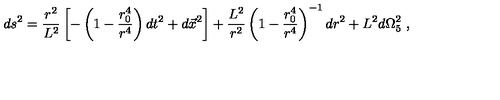
d s ^ { 2 } = { \frac { r ^ { 2 } } { L ^ { 2 } } } \left[ - \left( 1 - { \frac { r _ { 0 } ^ { 4 } } { r ^ { 4 } } } \right) d t ^ { 2 } + d \vec { x } ^ { 2 } \right] + { \frac { L ^ { 2 } } { r ^ { 2 } } } \left( 1 - { \frac { r _ { 0 } ^ { 4 } } { r ^ { 4 } } } \right) ^ { - 1 } d r ^ { 2 } + L ^ { 2 } d \Omega _ { 5 } ^ { 2 } \ ,